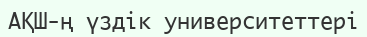
АҚШ-ң үздік университеттері